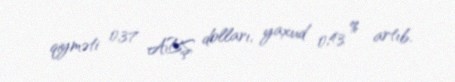
qiyməti 0,37 ABŞ dolları, yaxud 0,43 % artıb.